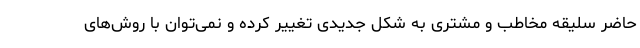
حاضر سلیقه مخاطب و مشتری به شکل جدیدی تغییر کرده و نمی‌توان با روش‌های